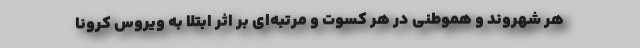
هر شهروند و هموطنی در هر کسوت و مرتبه‌ای بر اثر ابتلا به ویروس کرونا